Aleksander_Warma, lk 45
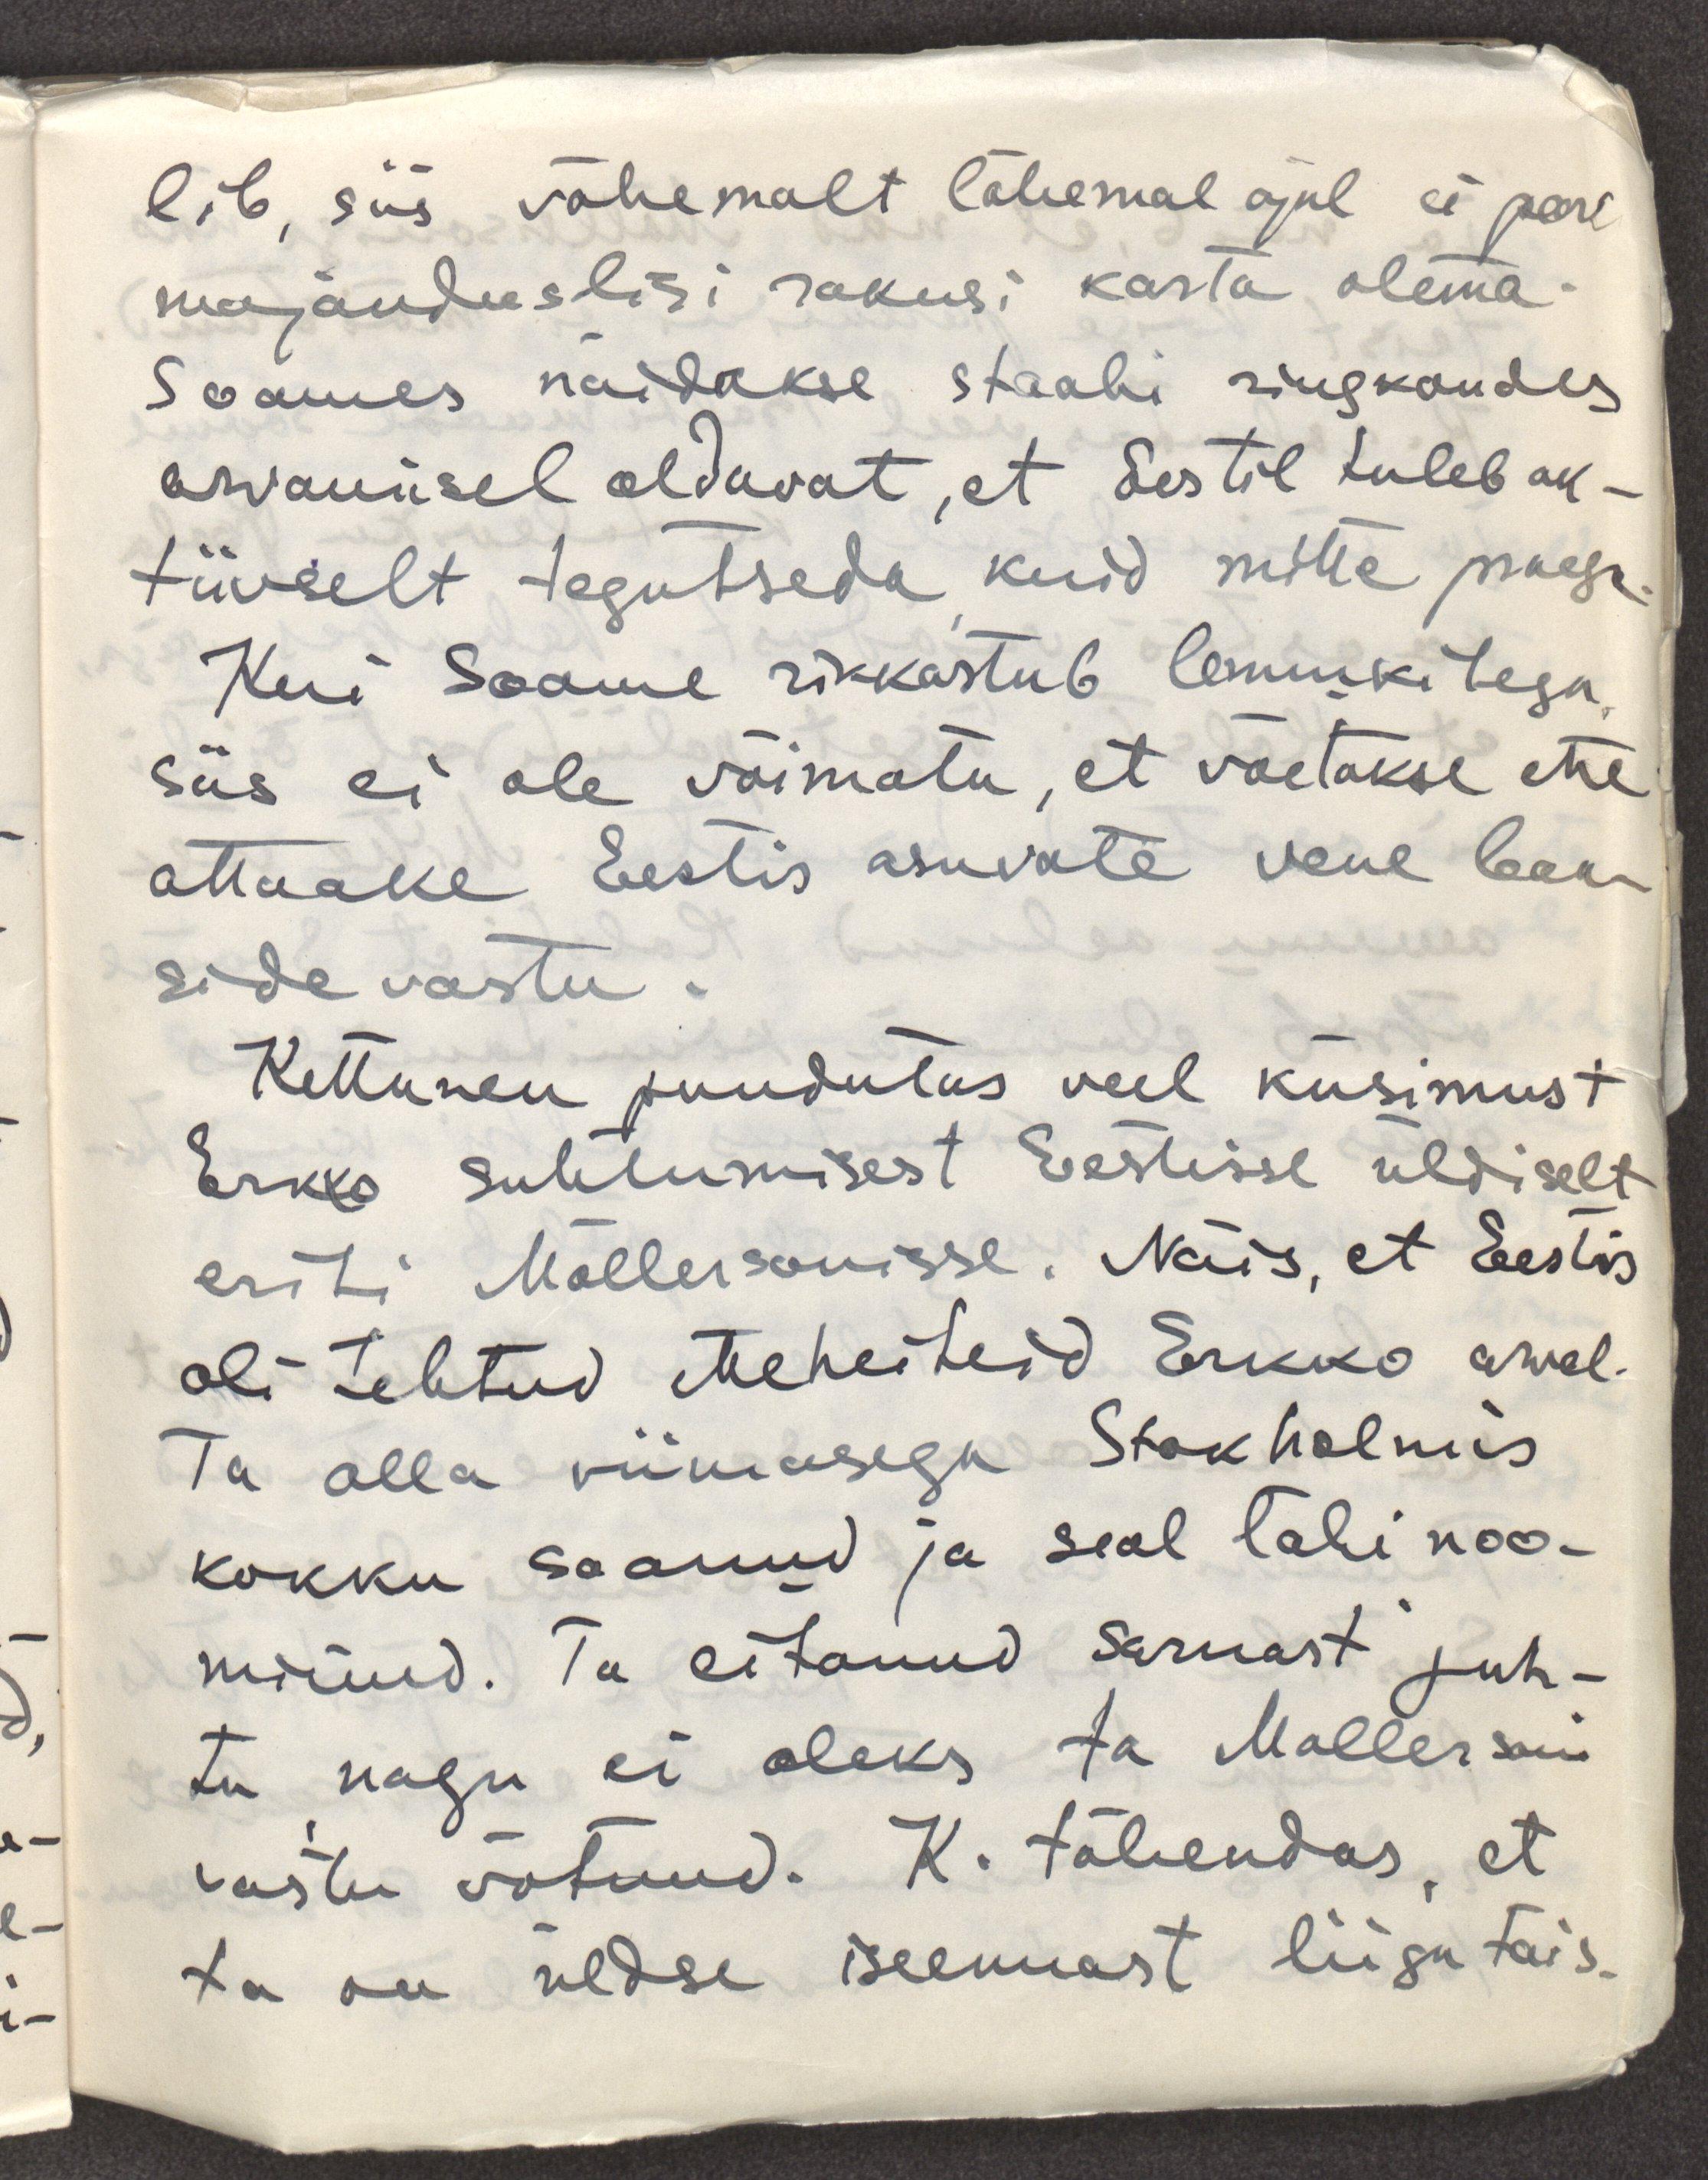
lib, siis vähemalt lähemal ajal ei pea
majanduslisi rakusi karta olema.
Soomes näidakse staabi ringkondades
arvamisel oldavat, et Eestil tuleb ak-
tiivselt tegutseda, kuid mitte praegu.
Kui Soome rikkastub lennukitega,
siis ei ole võimatu, et võetakse ette
attaake Eestis asuvate vene baa-
side vastu.
Kettunen puudutas veel küsimust
Erkko suhtumisest Eestisse üldiselt
eriti Möllersonisse. Näis, et Eestis
oli tehtud etteheiteid Erkko arvel.
Ta olla viimasega Stokholmis
kokku saanud ja seal läbi noo-
minud. Ta eitanud sarnast juh-
tu nagu ei oleks ta Mollersoni
vastu võtnud. K. tähendas, et 
ta on üldse iseennast liiga täis.